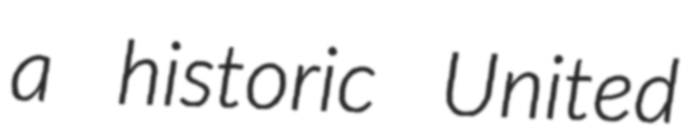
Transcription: a historic United